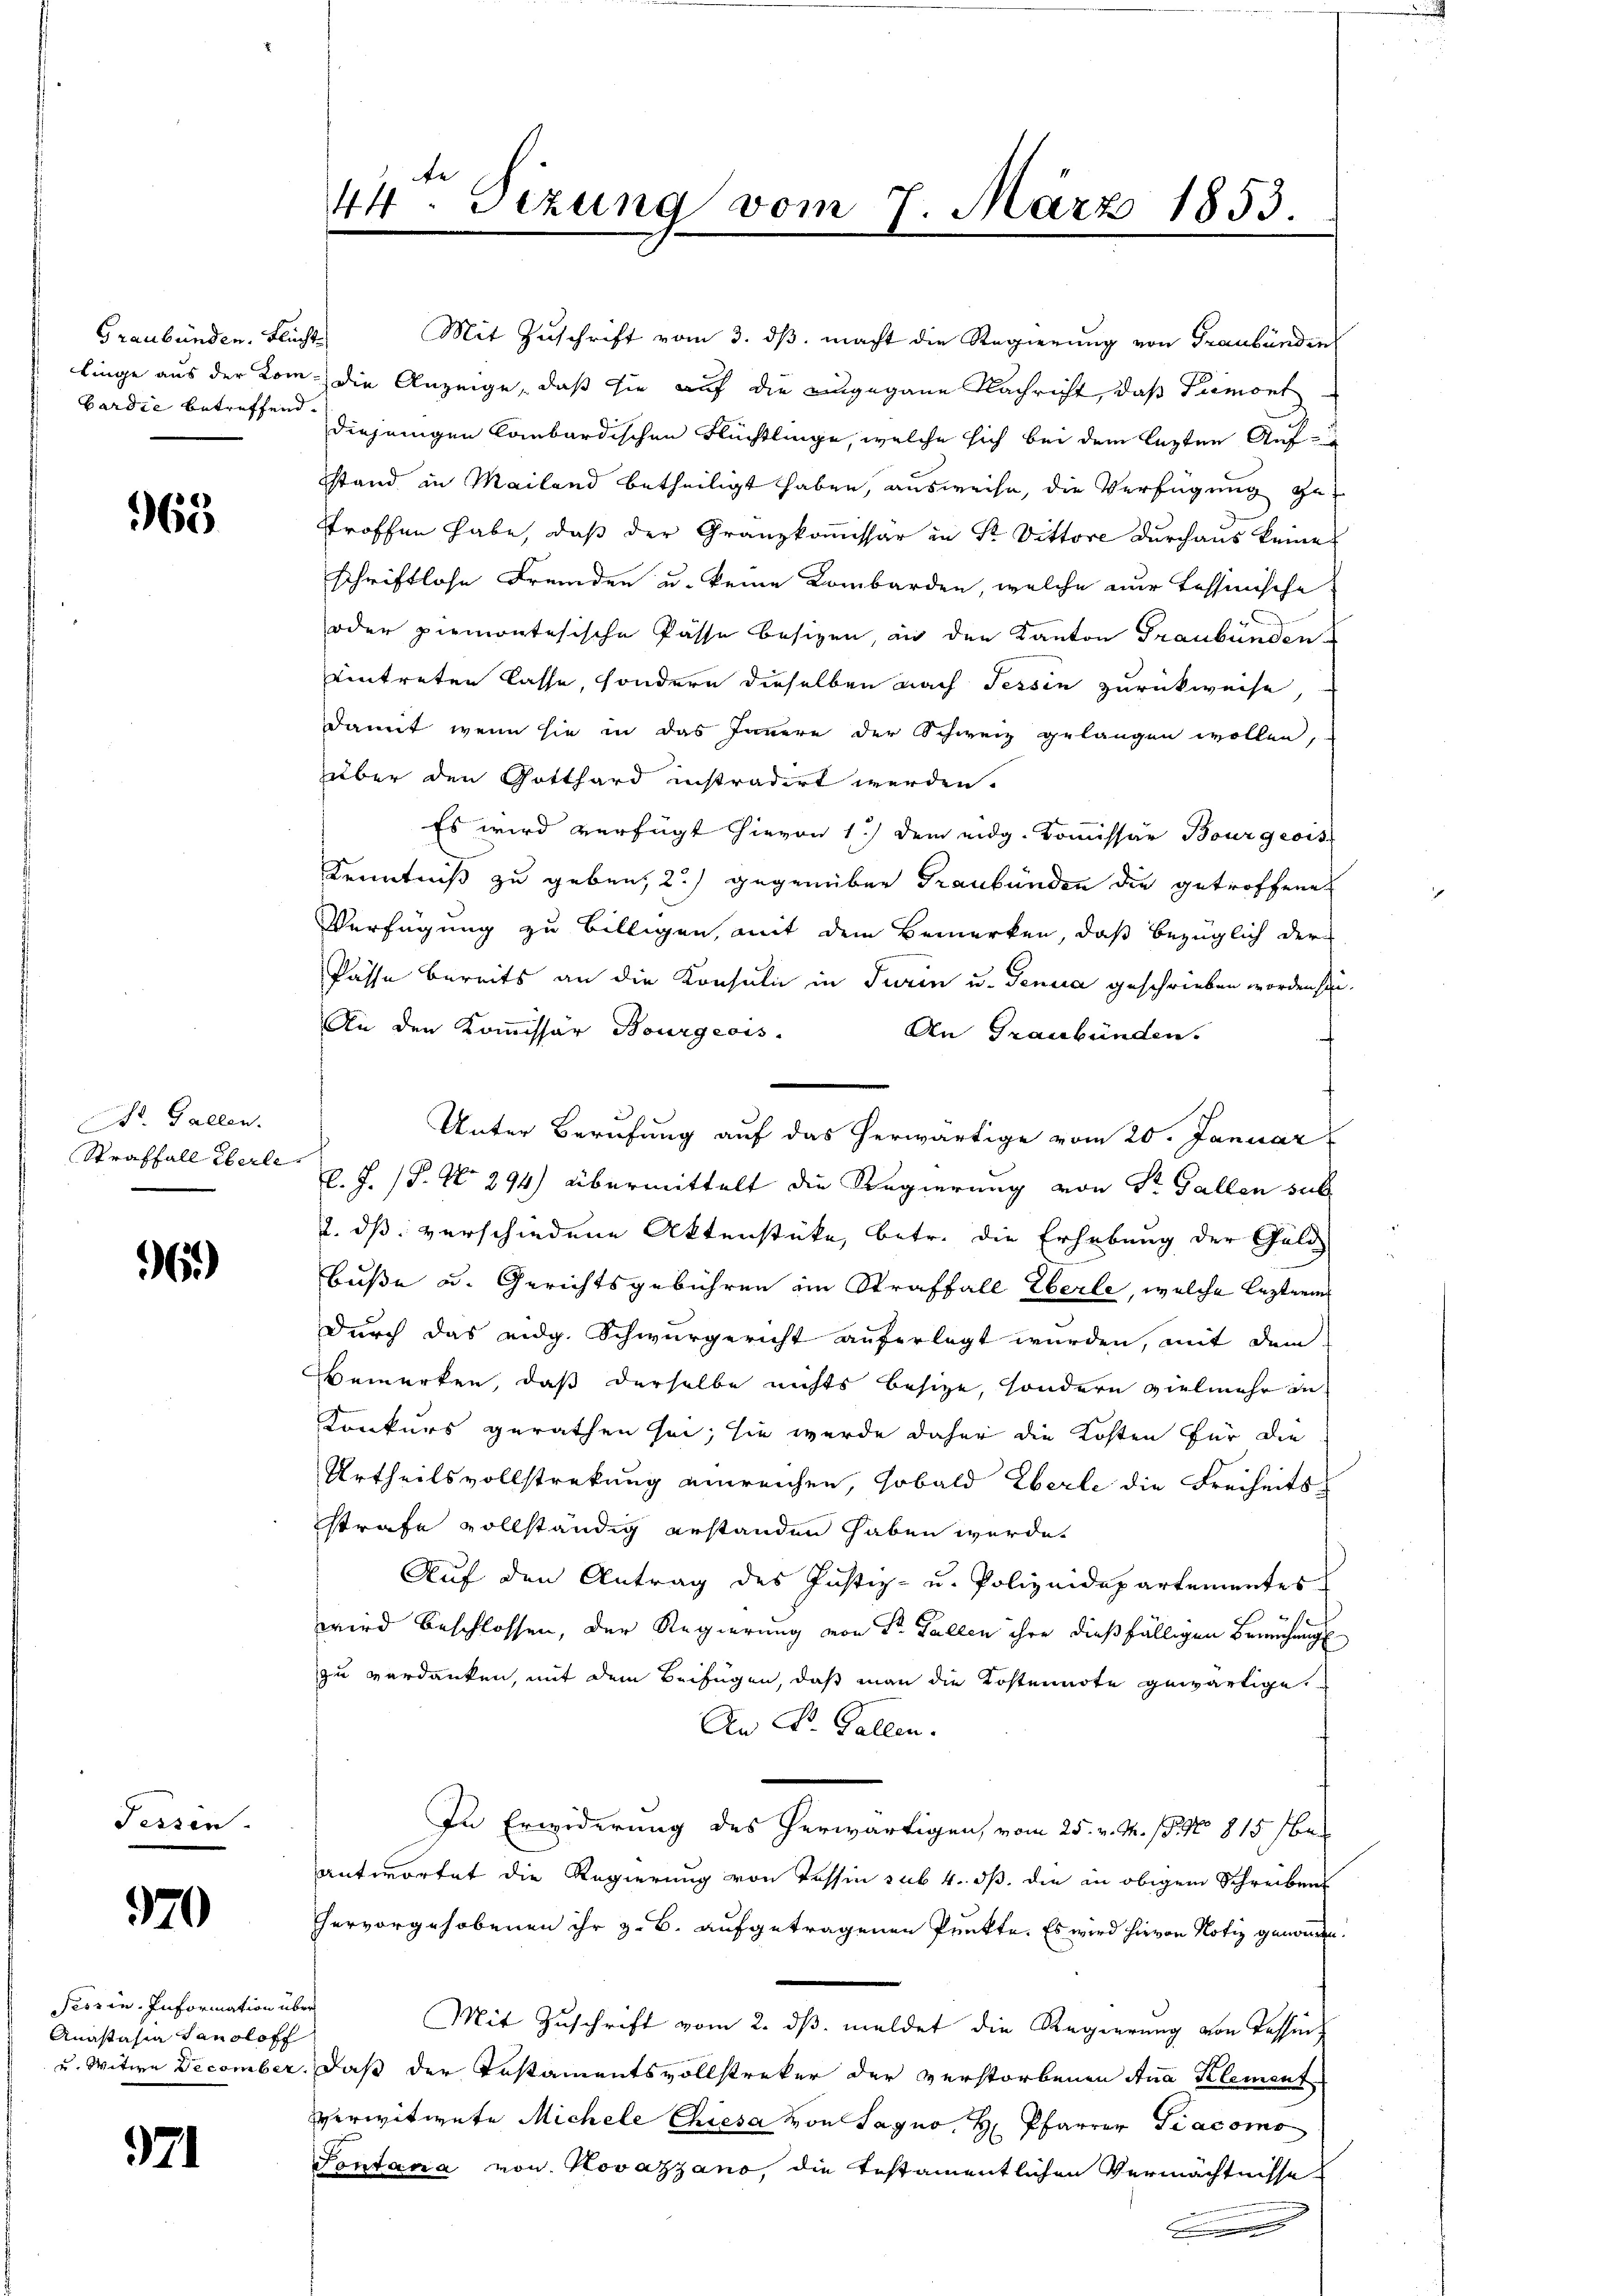
Graubünden. Flucht
bardie betreffend.

965

St. Gallen.
Straffall Eberle

6)

Tessin

970

Tessin. Information über
Anastasia Hansloff

71

44ten Sizung vom 7. März 1853.

Mit Zuschrift vom 3. dβ. macht die Regierung von Graubünden
linge aus der Kom- die Anzeige, daß sie auf die eingegann Nachricht, daß Premont
diejenigen Combardischen Flüchtlinge, welche sich bei dem lezten Auf-
stand in Mailand betheiligt haben, ausweise, die Verfügung gestroffen habe, daß der Granzkommissär in Sr. Vittore durchaus keine
schriftlose Fremden u. keine Kombarden, welche nur tessinische
oder piemontesische Pässe besizen, an den Kanton Graubünden
Eintreten lasse, sondern dieselben nach Tessin zurückweise
damit, wenn sie in das Innere der Schweiz gelangen wollen,
über den Gotthard instradirt werden.
Es wird verfügt hievon 1) dem eidg. Kommissär Bourgeois
Kenntniß zu geben, 2) gegenüber Graubünden die getroffene
Verfügung zu billigen, mit dem Bemerken, daß bezüglich der
Pässe bereits an die Konsuln in Turin u. Genua geschrieben worden sei.
An den Kommissär Bourgeois.
An Graubünden.
Unter Berufung auf das herwärtige vom 20. Januar
l.J. (T. No 294) übermittelt die Regierung von Sr. Gallen sub
2. ds verschiedene Aktenstücke, betr. die Erhebung der Guld
buße u. Gerichtsgebühren im Straffall Eberle, welche Lezteren
Durch das eidg. Schwurgericht auferlegt wurden, mit dem
Bemerken, daß derselbe nichts besitze, sondern vielmehr in
Konkurs gerathen sei; sie werde daher die Kosten für die
Urtheilsvollstreckung einreichen, sobald Eberle die Freiheits
strafe vollständig erstanden haben werde.
Auf den Antrag des Justiz- u. Polizeidepartementes
wird beschlossen, der Regierung von Sr. Gallen ihre dießfälligen Bemühungs
zu verdanken, mit dem Beifügen, daß man die Kostennote gewärtige,
An Dr. Gallen.
In Erwiderung des herwärtigen, vom 25. v. M. s. No 815 bes
antwortet die Regierung von Tessin sub. 4. dß die in obigem Schreibens
hervorgehobenen ihr z. B. aufgetragenen Punkte. Es wird hievon Notiz geworden.
Mit Zuschrift vom 2. ds. meldet die Regierung von Tassen,
u. Witwe December. Daß der Testamentsvollstreker der verstorbenen Ana Klement-
verwitwete Michele Chiesa von Sagno, H. Pfarrer Diacomo
Sontana von Kovazzano, die testamentlichen Vermächtnisse
.